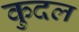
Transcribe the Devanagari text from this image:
कुदल